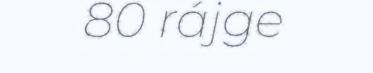
80 rájge